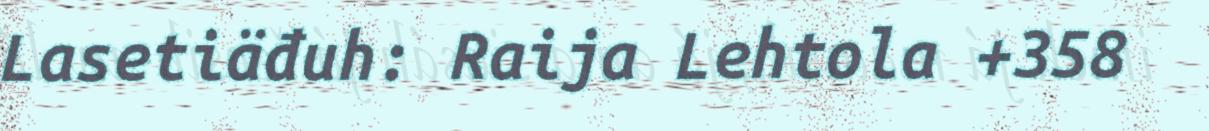
Lasetiäđuh: Raija Lehtola +358